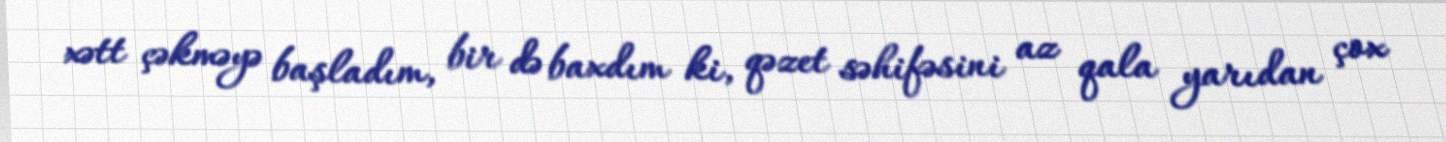
xətt çəkməyə başladım, bir də baxdım ki, qəzet səhifəsini az qala yarıdan çox